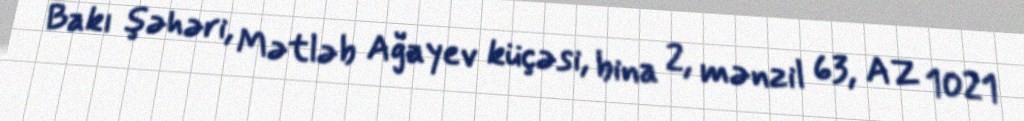
Bakı şəhəri, Mətləb Ağayev küçəsi, bina 2, mənzil 63, AZ 1021